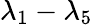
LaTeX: \lambda_{1}-\lambda_{5}